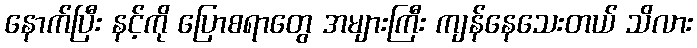
နောက်ပြီး နင့်ကို ပြောစရာတွေ အများကြီး ကျန်နေသေးတယ် သိလား